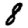
Digit: 8